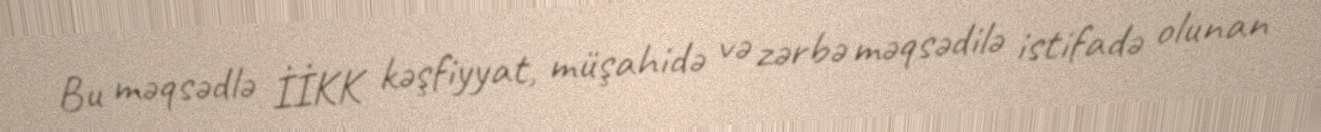
Bu məqsədlə İİKK kəşfiyyat, müşahidə və zərbə məqsədilə istifadə olunan